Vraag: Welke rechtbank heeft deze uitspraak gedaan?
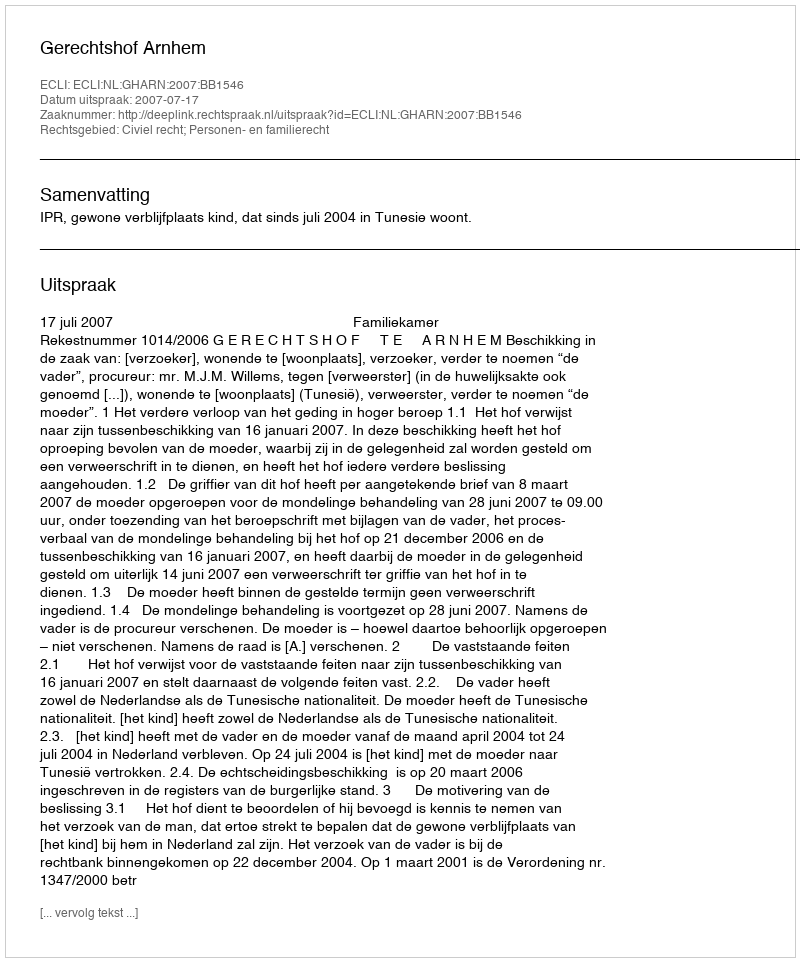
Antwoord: Gerechtshof Arnhem